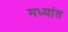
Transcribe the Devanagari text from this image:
मध्यांत